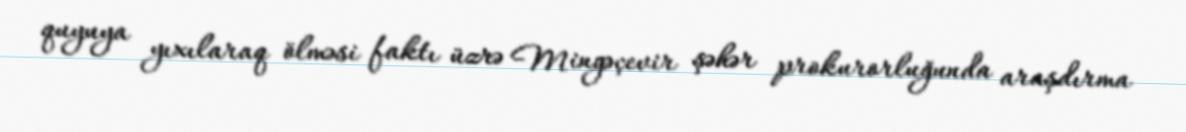
quyuya yıxılaraq ölməsi faktı üzrə Mingəçevir şəhər prokurorluğunda araşdırma